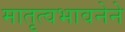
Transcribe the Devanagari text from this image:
मातृत्वभावनेने